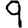
Digit: 9